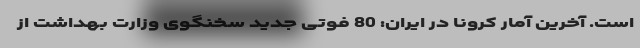
است. آخرین آمار کرونا در ایران: 80 فوتی جدید سخنگوی وزارت بهداشت از